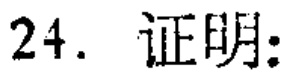
24. 证明: